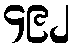
၄၉၂